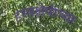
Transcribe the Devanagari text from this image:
हस्तक्षेपांच्या